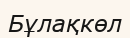
Бұлақкөл